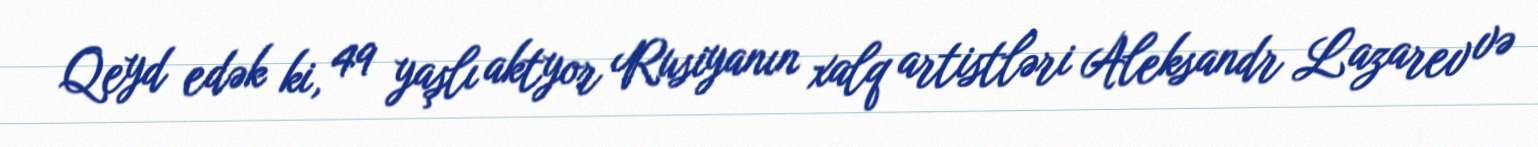
Qeyd edək ki, 49 yaşlı aktyor Rusiyanın xalq artistləri Aleksandr Lazarev və